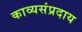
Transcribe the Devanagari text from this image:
काव्यसंप्रदाय